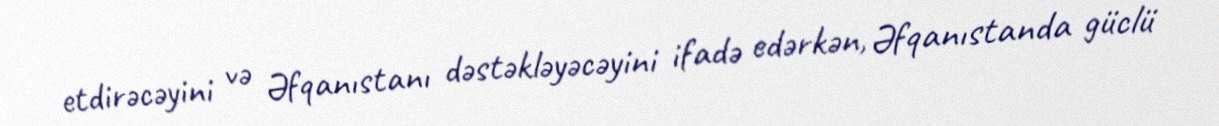
etdirəcəyini və Əfqanıstanı dəstəkləyəcəyini ifadə edərkən, Əfqanıstanda güclü